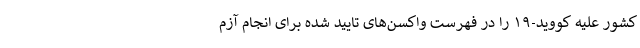
کشور علیه کووید-۱۹ را در فهرست واکسن‌های تایید شده برای انجام آزم